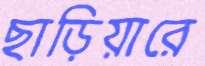
ছাড়িয়ারে